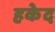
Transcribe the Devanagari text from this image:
हकेद